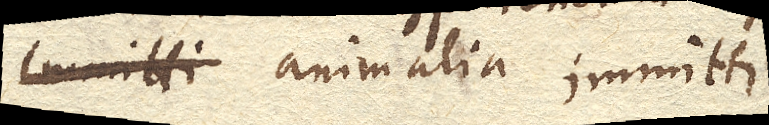
animalia immitti.